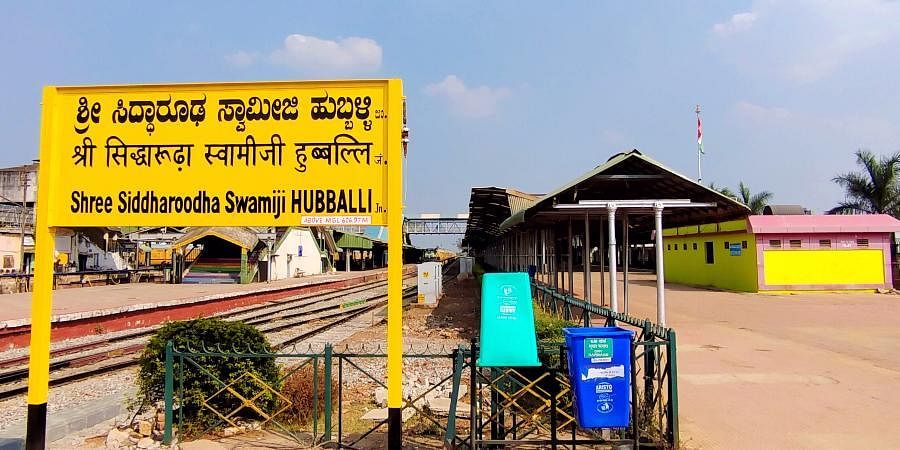
Language: kannada
Transcription: ಶ್ರೀ ಸಿದ್ಧಾರೂಢ ಹುಬ್ಬಳ್ಳಿ ಸ್ವಾಮೀಜಿ